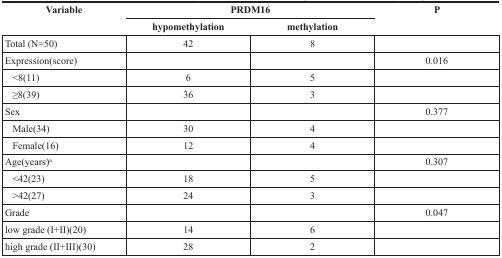
<table><thead><tr><td rowspan="2"><b>Variable</b></td><td colspan="2"><b>PRDM16</b></td><td rowspan="2"><b>P</b></td></tr><tr><td><b>hypomethylation</b></td><td><b>methylation</b></td></tr></thead><tbody><tr><td>Total (N=50)</td><td>42</td><td>8</td><td></td></tr><tr><td>Expression(score)</td><td></td><td></td><td>0.016</td></tr><tr><td> &lt;8(11)</td><td>6</td><td>5</td><td></td></tr><tr><td> ≥8(39)</td><td>36</td><td>3</td><td></td></tr><tr><td>Sex</td><td></td><td></td><td>0.377</td></tr><tr><td> Male(34)</td><td>30</td><td>4</td><td></td></tr><tr><td> Female(16)</td><td>12</td><td>4</td><td></td></tr><tr><td>Age(years)<sup>a</sup></td><td></td><td></td><td>0.307</td></tr><tr><td> &lt;42(23)</td><td>18</td><td>5</td><td></td></tr><tr><td> &gt;42(27)</td><td>24</td><td>3</td><td></td></tr><tr><td>Grade</td><td></td><td></td><td>0.047</td></tr><tr><td>low grade (I+II)(20)</td><td>14</td><td>6</td><td></td></tr><tr><td>high grade (II+III)(30)</td><td>28</td><td>2</td><td></td></tr></tbody></table>